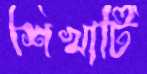
শিখাটি